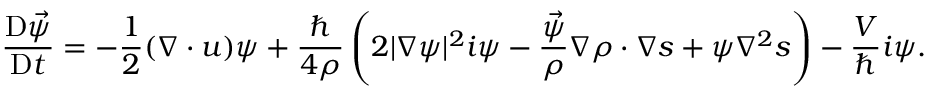
\frac { \mathrm { D } \vec { \psi } } { \mathrm { D } t } = - \frac 1 2 ( \boldsymbol { \nabla } \cdot \boldsymbol { u } ) \boldsymbol { \psi } + \frac { \hbar } { 4 \rho } \left( 2 | \boldsymbol { \nabla } \boldsymbol { \psi } | ^ { 2 } \boldsymbol { i \psi } - \frac { \vec { \psi } } { \rho } \boldsymbol { \nabla } \rho \cdot \boldsymbol { \nabla } \boldsymbol { s } + \boldsymbol { \psi } \nabla ^ { 2 } \boldsymbol { s } \right) - \frac { V } { \hbar } \boldsymbol { i \psi } .